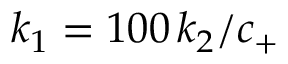
k _ { 1 } = 1 0 0 \, k _ { 2 } / c _ { + }